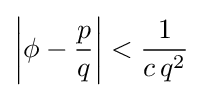
\left|\phi -{\frac {p}{q}}\right|<{\frac {1}{c\,q^{2}}}